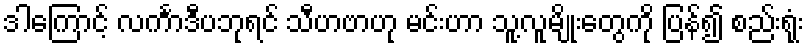
ဒါကြောင့် လင်္ကာဒီပဘုရင် သီဟဗာဟု မင်းဟာ သူ့လူမျိုးတွေကို ပြန်၍ စည်းရုံး